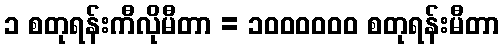
၁ စတုရန်းကီလိုမီတာ = ၁၀၀၀၀၀၀ စတုရန်းမီတာ